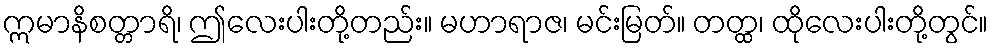
ဣမာနိစတ္တာရိ၊ ဤလေးပါးတို့တည်း။ မဟာရာဇ၊ မင်းမြတ်။ တတ္ထ၊ ထိုလေးပါးတို့တွင်။